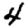
Digit: 4